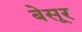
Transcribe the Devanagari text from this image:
बेसूर